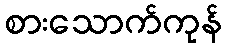
စားသောက်ကုန်